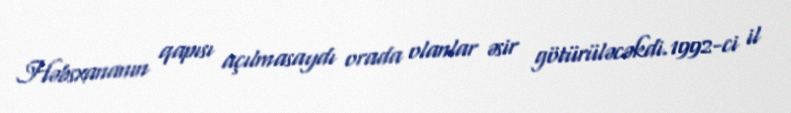
Həbsxananın qapısı açılmasaydı orada olanlar əsir götürüləcəkdi.1992-ci il